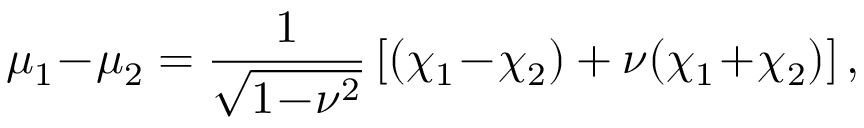
\mu _ { 1 } \! - \! \mu _ { 2 } = \frac { 1 } { \sqrt { 1 \! - \! \nu ^ { 2 } } } \left[ ( \chi _ { 1 } \! - \! \chi _ { 2 } ) + \nu ( \chi _ { 1 } \! + \! \chi _ { 2 } ) \right] ,